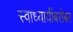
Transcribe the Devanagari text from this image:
स्वाध्यायींबरोबर